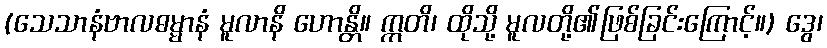
(သေသာနံဗာလဓမ္မာနံ မူလာနိ ဟောန္တိ။ ဣတိ၊ ထိုသို့ မူလတို့၏ဖြစ်ခြင်းကြောင့်။) ဒွေ၊